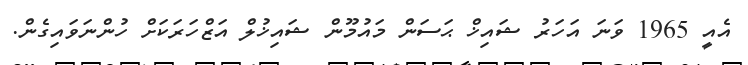
އެއީ 1965 ވަނަ އަހަރު ޝައިޚް ޙަސަން މައުމޫން ޝައިޚުލް އަޒްހަރަކަށް ހުންނަވައިގެން.